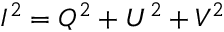
I ^ { 2 } = Q ^ { 2 } + U ^ { 2 } + V ^ { 2 }